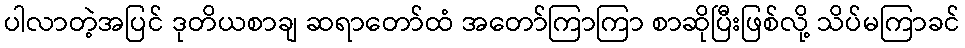
ပါလာတဲ့အပြင် ဒုတိယစာချ ဆရာတော်ထံ အတော်ကြာကြာ စာဆိုပြီးဖြစ်လို့ သိပ်မကြာခင်